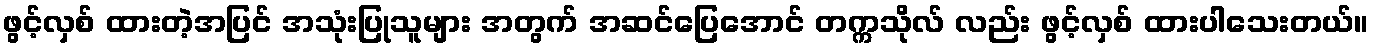
ဖွင့်လှစ် ထားတဲ့အပြင် အသုံးပြုသူများ အတွက် အဆင်ပြေအောင် တက္ကသိုလ် လည်း ဖွင့်လှစ် ထားပါသေးတယ်။